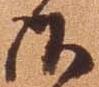
御